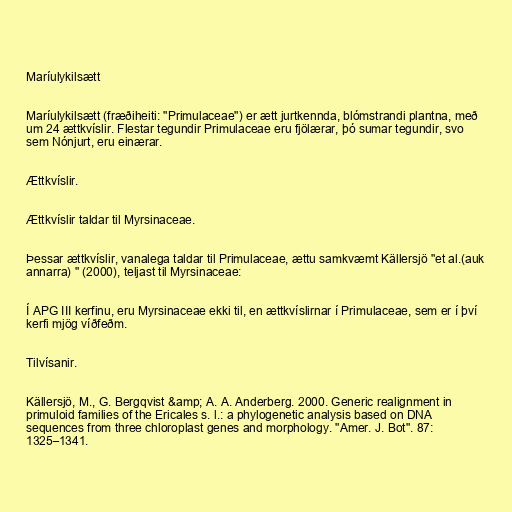
Maríulykilsætt

Maríulykilsætt (fræðiheiti: "Primulaceae") er ætt jurtkennda, blómstrandi plantna, með
um 24 ættkvíslir. Flestar tegundir Primulaceae eru fjölærar, þó sumar tegundir, svo
sem Nónjurt, eru einærar.

Ættkvíslir.

Ættkvíslir taldar til Myrsinaceae.

Þessar ættkvíslir, vanalega taldar til Primulaceae, ættu samkvæmt Källersjö "et al.(auk
annarra) " (2000), teljast til Myrsinaceae:

Í APG III kerfinu, eru Myrsinaceae ekki til, en ættkvíslirnar í Primulaceae, sem er í því
kerfi mjög víðfeðm.

Tilvísanir.

Källersjö, M., G. Bergqvist &amp; A. A. Anderberg. 2000. Generic realignment in
primuloid families of the Ericales s. l.: a phylogenetic analysis based on DNA
sequences from three chloroplast genes and morphology. "Amer. J. Bot". 87:
1325–1341.